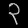
Digit: ၃